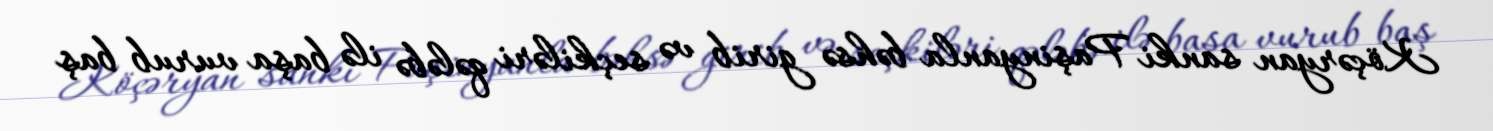
Köçəryan sanki Paşinyanla bəhsə girib və seçkiləri qələbə ilə başa vurub baş